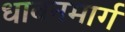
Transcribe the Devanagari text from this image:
धावनमार्ग